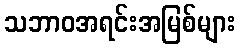
သဘာဝအရင်းအမြစ်များ